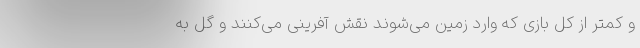
و کمتر از کل بازی که وارد زمین می‌شوند نقش آفرینی می‌کنند و گل به